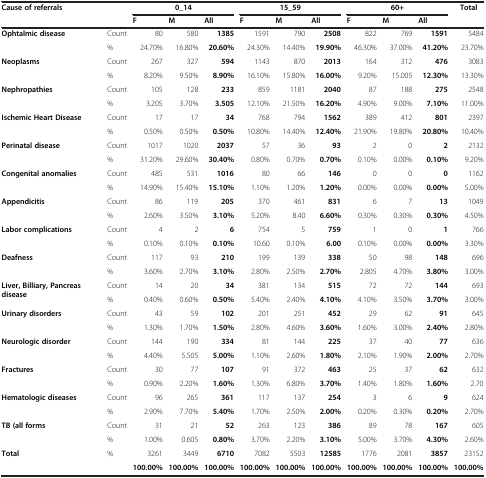
<table><thead><tr><td colspan="2"><b>Cause of referrals</b></td><td colspan="3"><b>0_14</b></td><td colspan="3"><b>15_59</b></td><td colspan="3"><b>60+</b></td><td><b>Total</b></td></tr><tr><td colspan="2"><b> </b></td><td><b>F</b></td><td><b>M</b></td><td><b>All</b></td><td><b>F</b></td><td><b>M</b></td><td><b>All</b></td><td><b>F</b></td><td><b>M</b></td><td><b>All</b></td><td><b> </b></td></tr></thead><tbody><tr><td rowspan="2"><b>Ophtalmic disease</b></td><td>Count</td><td>80</td><td>580</td><td><b>1385</b></td><td>1591</td><td>790</td><td><b>2508</b></td><td>822</td><td>769</td><td><b>1591</b></td><td>5484</td></tr><tr><td>%</td><td>24.70%</td><td>16.80%</td><td><b>20.60%</b></td><td>24.30%</td><td>14.40%</td><td><b>19.90%</b></td><td>46.30%</td><td>37.00%</td><td><b>41.20%</b></td><td>23.70%</td></tr><tr><td rowspan="2"><b>Neoplasms</b></td><td>Count</td><td>267</td><td>327</td><td><b>594</b></td><td>1143</td><td>870</td><td><b>2013</b></td><td>164</td><td>312</td><td><b>476</b></td><td>3083</td></tr><tr><td>%</td><td>8.20%</td><td>9.50%</td><td><b>8.90%</b></td><td>16.10%</td><td>15.80%</td><td><b>16.00%</b></td><td>9.20%</td><td>15.005</td><td><b>12.30%</b></td><td>13.30%</td></tr><tr><td><b>Nephropathies</b></td><td>Count</td><td>105</td><td>128</td><td><b>233</b></td><td>859</td><td>1181</td><td><b>2040</b></td><td>87</td><td>188</td><td><b>275</b></td><td>2548</td></tr><tr><td> </td><td>%</td><td>3.205</td><td>3.70%</td><td><b>3.505</b></td><td>12.10%</td><td>21.50%</td><td><b>16.20%</b></td><td>4.90%</td><td>9.00%</td><td><b>7.10%</b></td><td>11.00%</td></tr><tr><td rowspan="2"><b>Ischemic Heart Disease</b></td><td>Count</td><td>17</td><td>17</td><td><b>34</b></td><td>768</td><td>794</td><td><b>1562</b></td><td>389</td><td>412</td><td><b>801</b></td><td>2397</td></tr><tr><td>%</td><td>0.50%</td><td>0.50%</td><td><b>0.50%</b></td><td>10.80%</td><td>14.40%</td><td><b>12.40%</b></td><td>21.90%</td><td>19.80%</td><td><b>20.80%</b></td><td>10.40%</td></tr><tr><td rowspan="2"><b>Perinatal disease</b></td><td>Count</td><td>1017</td><td>1020</td><td><b>2037</b></td><td>57</td><td>36</td><td><b>93</b></td><td>2</td><td>0</td><td><b>2</b></td><td>2132</td></tr><tr><td>%</td><td>31.20%</td><td>29.60%</td><td><b>30.40%</b></td><td>0.80%</td><td>0.70%</td><td><b>0.70%</b></td><td>0.10%</td><td>0.00%</td><td><b>0.10%</b></td><td>9.20%</td></tr><tr><td rowspan="2"><b>Congenital anomalies</b></td><td>Count</td><td>485</td><td>531</td><td><b>1016</b></td><td>80</td><td>66</td><td><b>146</b></td><td>0</td><td>0</td><td><b>0</b></td><td>1162</td></tr><tr><td>%</td><td>14.90%</td><td>15.40%</td><td><b>15.10%</b></td><td>1.10%</td><td>1.20%</td><td><b>1.20%</b></td><td>0.00%</td><td>0.00%</td><td><b>0.00%</b></td><td>5.00%</td></tr><tr><td rowspan="2"><b>Appendicitis</b></td><td>Count</td><td>86</td><td>119</td><td><b>205</b></td><td>370</td><td>461</td><td><b>831</b></td><td>6</td><td>7</td><td><b>13</b></td><td>1049</td></tr><tr><td>%</td><td>2.60%</td><td>3.50%</td><td><b>3.10%</b></td><td>5.20%</td><td>8.40</td><td><b>6.60%</b></td><td>0.30%</td><td>0.30%</td><td><b>0.30%</b></td><td>4.50%</td></tr><tr><td rowspan="2"><b>Labor complications</b></td><td>Count</td><td>4</td><td>2</td><td><b>6</b></td><td>754</td><td>5</td><td><b>759</b></td><td>1</td><td>0</td><td><b>1</b></td><td>766</td></tr><tr><td>%</td><td>0.10%</td><td>0.10%</td><td><b>0.10%</b></td><td>10.60</td><td>0.10%</td><td><b>6.00</b></td><td>0.10%</td><td>0.00%</td><td><b>0.00%</b></td><td>3.30%</td></tr><tr><td rowspan="2"><b>Deafness</b></td><td>Count</td><td>117</td><td>93</td><td><b>210</b></td><td>199</td><td>139</td><td><b>338</b></td><td>50</td><td>98</td><td><b>148</b></td><td>696</td></tr><tr><td>%</td><td>3.60%</td><td>2.70%</td><td><b>3.10%</b></td><td>2.80%</td><td>2.50%</td><td><b>2.70%</b></td><td>2.805</td><td>4.70%</td><td><b>3.80%</b></td><td>3.00%</td></tr><tr><td rowspan="2"><b>Liver, Billiary, Pancreas disease</b></td><td>Count</td><td>14</td><td>20</td><td><b>34</b></td><td>381</td><td>134</td><td><b>515</b></td><td>72</td><td>72</td><td><b>144</b></td><td>693</td></tr><tr><td>%</td><td>0.40%</td><td>0.60%</td><td><b>0.50%</b></td><td>5.40%</td><td>2.40%</td><td><b>4.10%</b></td><td>4.10%</td><td>3.50%</td><td><b>3.70%</b></td><td>3.00%</td></tr><tr><td rowspan="2"><b>Urinary disorders</b></td><td>Count</td><td>43</td><td>59</td><td><b>102</b></td><td>201</td><td>251</td><td><b>452</b></td><td>29</td><td>62</td><td><b>91</b></td><td>645</td></tr><tr><td>%</td><td>1.30%</td><td>1.70%</td><td><b>1.50%</b></td><td>2.80%</td><td>4.60%</td><td><b>3.60%</b></td><td>1.60%</td><td>3.00%</td><td><b>2.40%</b></td><td>2.80%</td></tr><tr><td rowspan="2"><b>Neurologic disorder</b></td><td>Count</td><td>144</td><td>190</td><td><b>334</b></td><td>81</td><td>144</td><td><b>225</b></td><td>37</td><td>40</td><td><b>77</b></td><td>636</td></tr><tr><td>%</td><td>4.40%</td><td>5.505</td><td><b>5.00%</b></td><td>1.10%</td><td>2.60%</td><td><b>1.80%</b></td><td>2.10%</td><td>1.90%</td><td><b>2.00%</b></td><td>2.70%</td></tr><tr><td rowspan="2"><b>Fractures</b></td><td>Count</td><td>30</td><td>77</td><td><b>107</b></td><td>91</td><td>372</td><td><b>463</b></td><td>25</td><td>37</td><td><b>62</b></td><td>632</td></tr><tr><td>%</td><td>0.90%</td><td>2.20%</td><td><b>1.60%</b></td><td>1.30%</td><td>6.80%</td><td><b>3.70%</b></td><td>1.40%</td><td>1.80%</td><td><b>1.60%</b></td><td>2.70</td></tr><tr><td rowspan="2"><b>Hematologic diseases</b></td><td>Count</td><td>96</td><td>265</td><td><b>361</b></td><td>117</td><td>137</td><td><b>254</b></td><td>3</td><td>6</td><td><b>9</b></td><td>624</td></tr><tr><td>%</td><td>2.90%</td><td>7.70%</td><td><b>5.40%</b></td><td>1.70%</td><td>2.50%</td><td><b>2.00%</b></td><td>0.20%</td><td>0.30%</td><td><b>0.20%</b></td><td>2.70%</td></tr><tr><td rowspan="2"><b>TB (all forms</b></td><td>Count</td><td>31</td><td>21</td><td><b>52</b></td><td>263</td><td>123</td><td><b>386</b></td><td>89</td><td>78</td><td><b>167</b></td><td>605</td></tr><tr><td>%</td><td>1.00%</td><td>0.605</td><td><b>0.80%</b></td><td>3.70%</td><td>2.20%</td><td><b>3.10%</b></td><td>5.00%</td><td>3.70%</td><td><b>4.30%</b></td><td>2.60%</td></tr><tr><td><b>Total</b></td><td>%</td><td>3261</td><td>3449</td><td><b>6710</b></td><td>7082</td><td>5503</td><td><b>12585</b></td><td>1776</td><td>2081</td><td><b>3857</b></td><td>23152</td></tr><tr><td> </td><td> </td><td><b>100.00%</b></td><td><b>100.00%</b></td><td><b>100.00%</b></td><td><b>100.00%</b></td><td><b>100.00%</b></td><td><b>100.00%</b></td><td><b>100.00%</b></td><td><b>100.00%</b></td><td><b>100.00%</b></td><td><b>100.00%</b></td></tr></tbody></table>